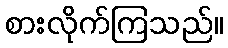
စားလိုက်ကြသည်။